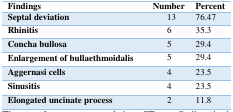
<table><thead><tr><td><b>Findings</b></td><td><b>Number</b></td><td><b>Percent</b></td></tr></thead><tbody><tr><td>Septal deviation</td><td>13</td><td>76.47</td></tr><tr><td>Rhinitis</td><td>6</td><td>35.3</td></tr><tr><td>Concha bullosa</td><td>5</td><td>29.4</td></tr><tr><td>Enlargement of bullaethmoidalis</td><td>5</td><td>29.4</td></tr><tr><td>Aggernasi cells</td><td>4</td><td>23.5</td></tr><tr><td>Sinusitis</td><td>4</td><td>23.5</td></tr><tr><td>Elongated uncinate process</td><td>2</td><td>11.8</td></tr></tbody></table>